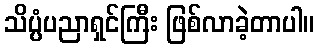
သိပ္ပံပညာရှင်ကြီး ဖြစ်လာခဲ့တာပါ။